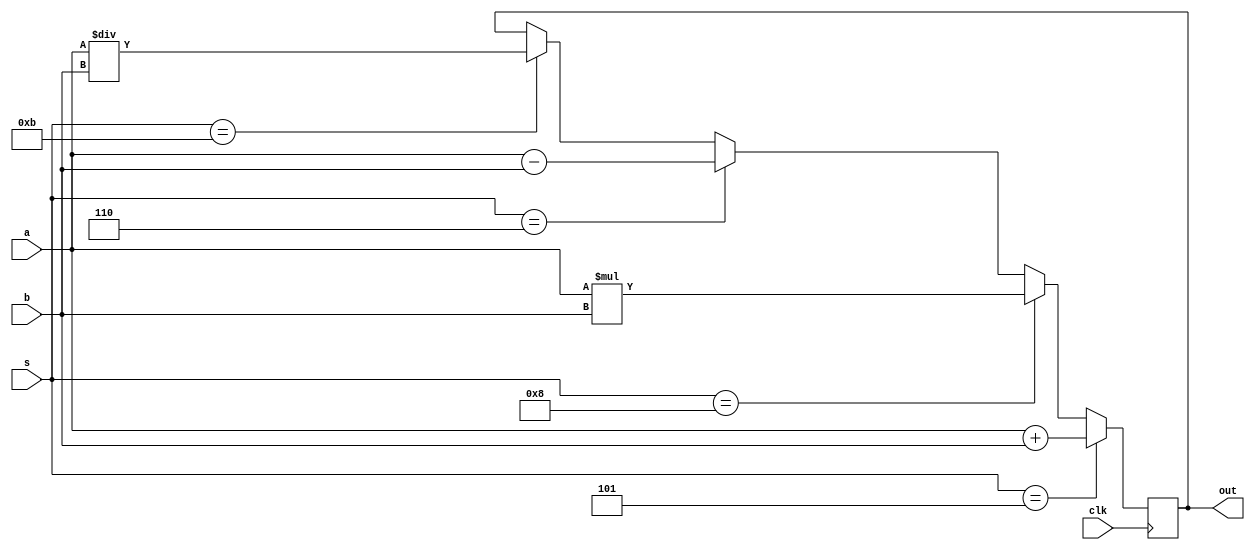

//if select line s=00101, out=a+b
//if s=00110, out= a-b;
//if s=01000, a*b
//01011 --> a/b


module alu (a,b,s,clk, out);
    input [39:0]a,b;
    input [4:0]s;
    input clk;
    reg [39:0]c,d;
    output  reg [39:0]out;    

    reg i;

    always @ (posedge clk)
    begin
        if (s==5'b00101)
            out = a+b;
        else 
        begin
            
            if (s==5'b01000)
                out= a*b;
            else if (s==5'b00110)
                out = a-b;
            else if (s==5'b01011)
                out = a/b;
        end
    end  
endmodule


`timescale 1ns/1ps
module alu_test;
    reg [39:0]a,b;
    reg clk;
    reg [4:0] s;
    wire [39:0] out;
    alu uut (a,b,s, clk, out);
    initial
    begin
        $dumpfile("alua.vcd");
        $dumpvars(0, alu_test);
        a= 40'h000000000b;
        b= 40'h0000000003;
        clk=0;
        s= 5'b00101;
    end

    always
    begin
        #3 clk=~clk;
    end

    always
    begin

        s = 5'b00101;
        #10 s = 5'b00110;
        #10 s = 5'b01000;
        #10 s = 5'b01011;
        #10;

    end

endmodule